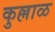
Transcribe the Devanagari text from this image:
कुल्लाळ